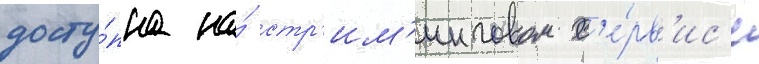
досту́пна на́ стр'им'инговом с'е́рв'ис'е